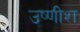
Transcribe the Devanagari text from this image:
उष्णीश